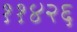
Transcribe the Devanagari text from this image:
११४२६